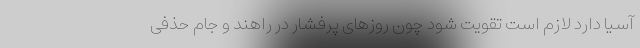
آسیا دارد لازم است تقویت شود چون روزهای پرفشار در راهند و جام حذفی